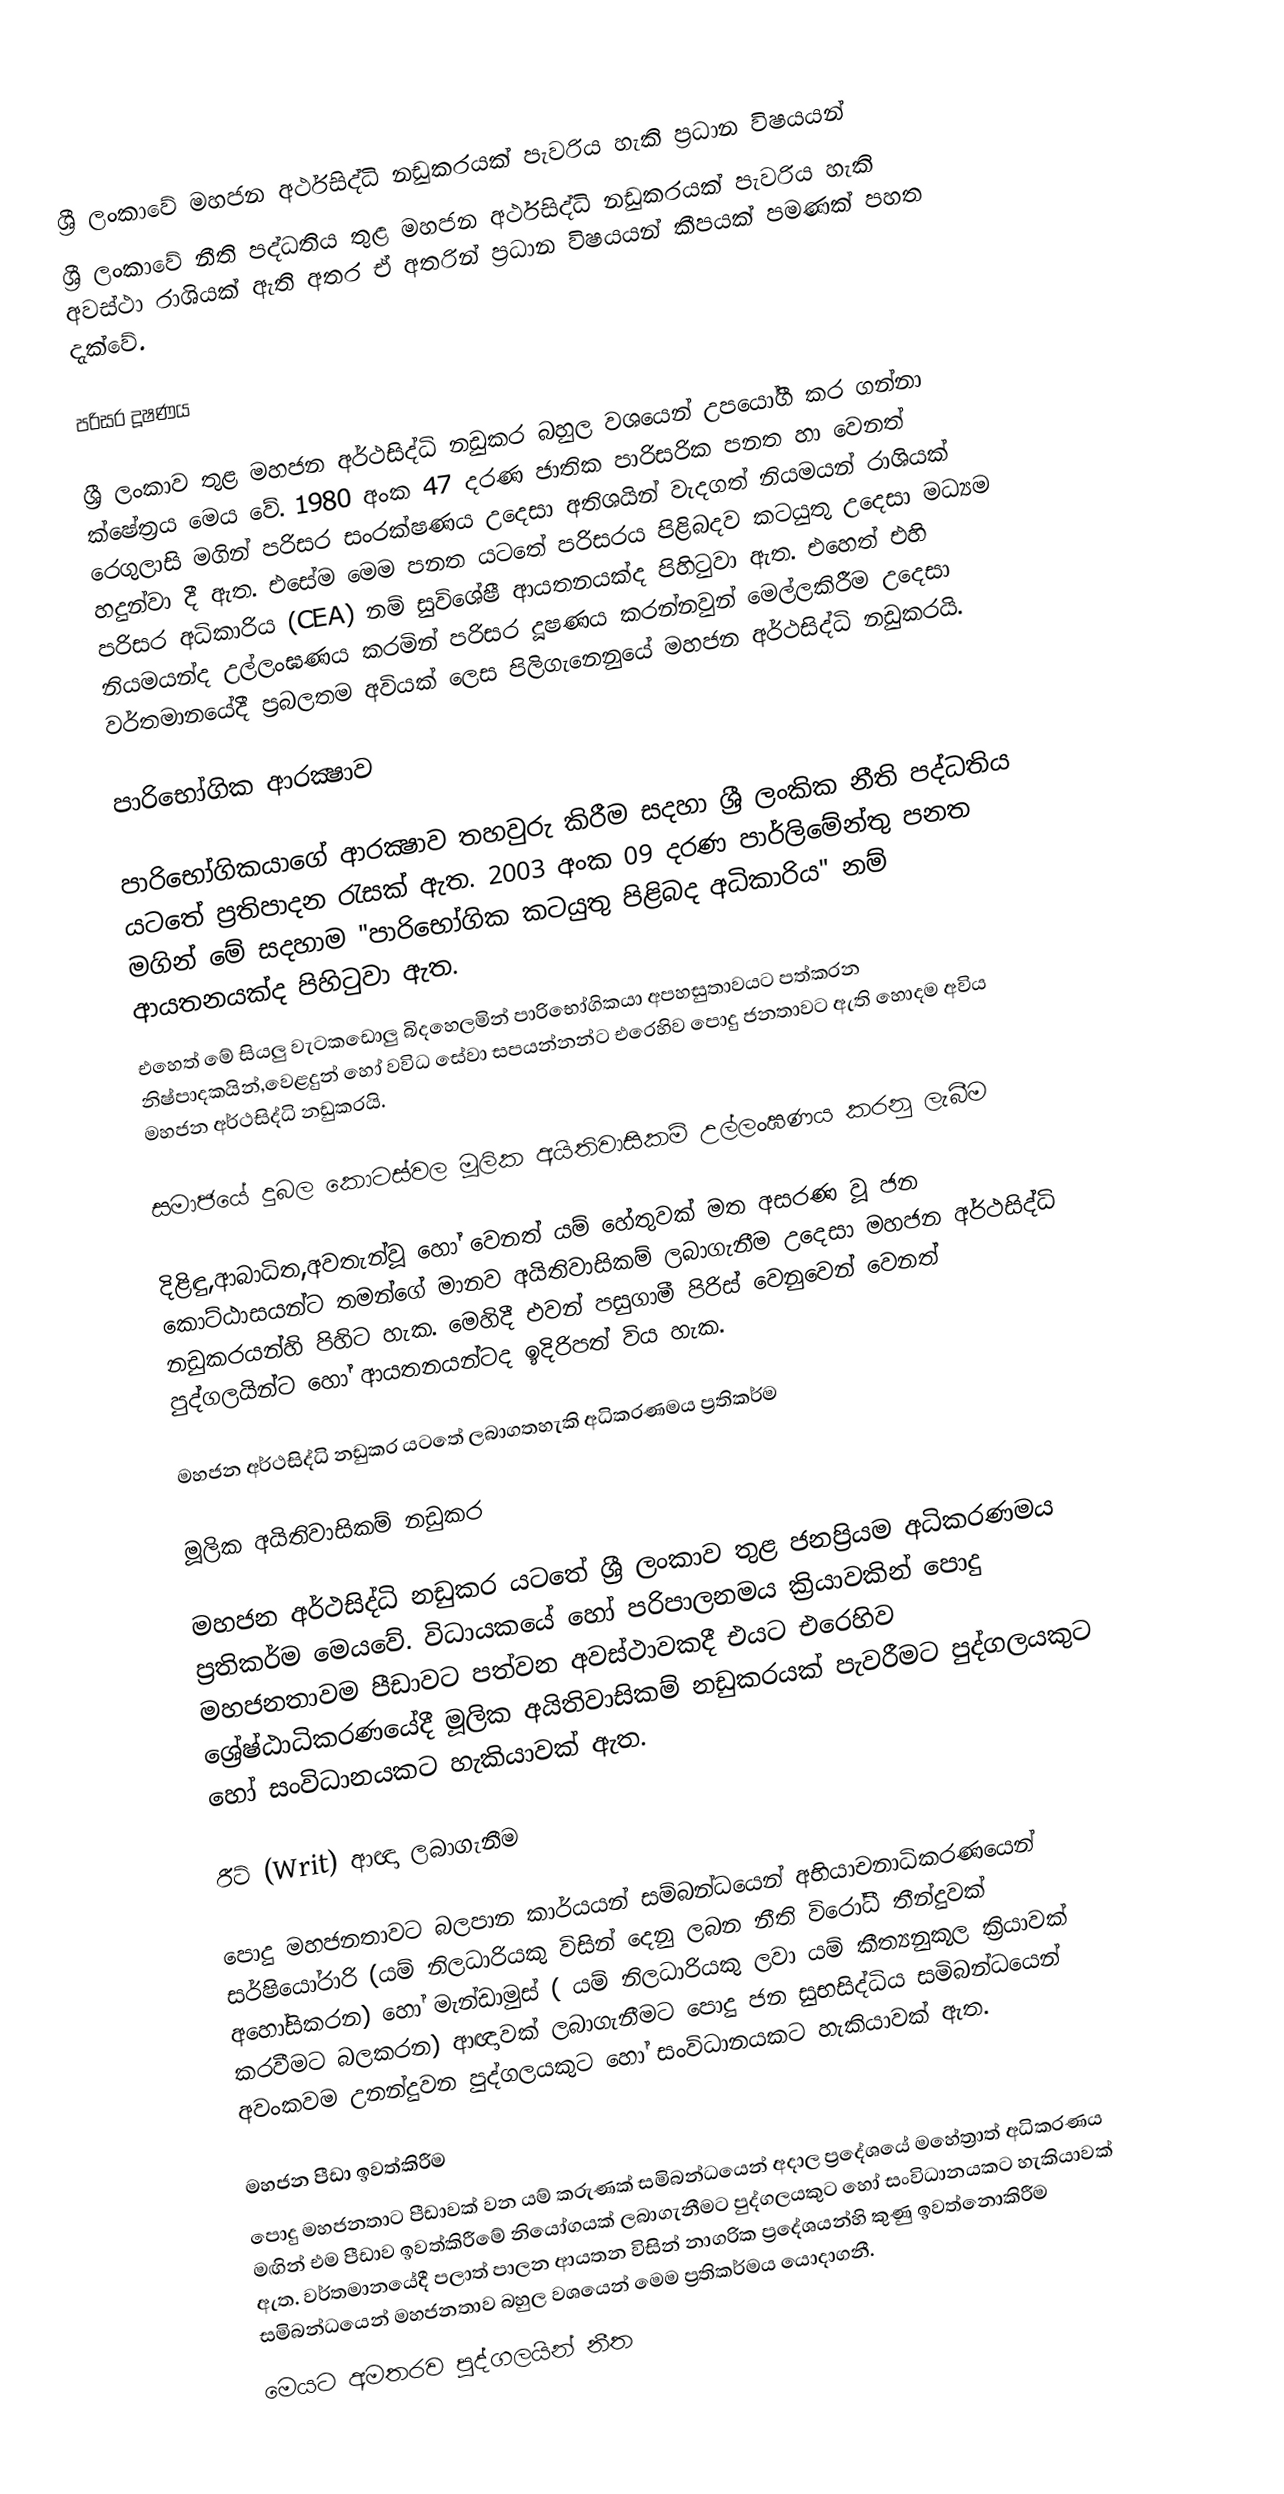

ශ්‍රී ලංකාවේ  මහජන අර්ථසිද්ධි නඩුකරයක් පැවරිය හැකි ප්‍රධාන විෂයයන්
ශ්‍රී ලංකාවේ  නීති පද්ධතිය තුළ මහජන අර්ථසිද්ධි නඩුකරයක් පැවරිය හැකි අවස්ථා රාශියක් ඇති අතර ඒ අතරින් ප්‍රධාන විෂයයන් කීපයක් පමණක් පහත දැක්වේ.

පරිසර දූෂණය

ශ්‍රී ලංකාව තුළ මහජන අර්ථසිද්ධි නඩුකර බහුල වශයෙන් උපයෝගී කර ගන්නා ක්ෂේත්‍රය මෙය වේ. 1980 අංක 47 දරණ ජාතික පාරිසරික පනත හා වෙනත් රෙගුලාසි මගින් පරිසර සංරක්ෂණය උදෙසා අතිශයින් වැදගත් නියමයන් රාශියක් හදුන්වා දී ඇත. එසේම මෙම පනත යටතේ පරිසරය පිළිබදව කටයුතු උදෙසා මධ්‍යම පරිසර අධිකාරිය (CEA) නම් සුවිශේෂී ආයතනයක්ද පිහිටුවා ඇත. එහෙත් එහි නියමයන්ද උල්ලංඝණය කරමින් පරිසර දූෂණය කරන්නවුන් මෙල්ලකිරීම උදෙසා වර්තමානයේදී ප්‍රබලතම අවියක් ලෙස පිලිගැනෙනුයේ මහජන අර්ථසිද්ධි නඩුකරයි.

පාරිභෝගික ආරක්‍ෂාව

පාරිභෝගිකයාගේ ආරක්‍ෂාව තහවුරු කිරීම සදහා ශ්‍රී ලංකික නීති පද්ධතිය යටතේ ප්‍රතිපාදන රැසක් ඇත. 2003 අංක 09 දරණ පාර්ලිමේන්තු පනත මගින් මේ සදහාම "පාරිභෝගික කටයුතු පිළිබද අධිකාරිය" නම් ආයතනයක්ද පිහිටුවා ඇත.
	එහෙත් මේ සියලු වැටකඩොලු බිදහෙලමින් පාරිභෝගිකයා අපහසුතාවයට පත්කරන නිෂ්පාදකයින්,වෙළදුන් හෝ වවිධ සේවා සපයන්නන්ට එරෙහිව පොදු ජනතාවට ඇති හොදම අවිය මහජන අර්ථසිද්ධි නඩුකරයි.

සමාජයේ දුබල කොටස්වල මූලික අයිතිවාසිකම් උල්ලංඝණය කරනු ලැබීම

දිළිඳු,ආබාධිත,අවතැන්වූ හෝ වෙනත් යම් හේතුවක් මත අසරණ වූ ජන කොට්ඨාසයන්ට තමන්ගේ මානව අයිතිවාසිකම් ලබාගැනීම උදෙසා මහජන අර්ථසිද්ධි නඩුකරයන්හි පිහිට හැක. මෙහිදී එවන් පසුගාමී පිරිස් වෙනුවෙන් වෙනත් පුද්ගලයින්ට හෝ ආයතනයන්ටද ඉදිරිපත් විය හැක.

මහජන අර්ථසිද්ධි නඩුකර යටතේ ලබාගතහැකි අධිකරණමය ප්‍රතිකර්ම

මූලික අයිතිවාසිකම්  නඩුකර

මහජන අර්ථසිද්ධි නඩුකර යටතේ ශ්‍රී ලංකාව තුළ ජනප්‍රියම අධිකරණමය ප්‍රතිකර්ම මෙයවේ. විධායකයේ හෝ පරිපාලනමය ක්‍රියාවකින් පොදු මහජනතාවම පීඩාවට පත්වන අවස්ථාවකදී එයට එරෙහිව ශ්‍රේෂ්ඨාධිකරණයේදී මූලික අයිතිවාසිකම්  නඩුකරයක් පැවරීමට පුද්ගලයකුට හෝ සංවිධානයකට හැකියාවක් ඇත.

රීට් (Writ) ආඥා ලබාගැනීම

පොදු මහජනතාවට බලපාන කාර්යයන් සම්බන්ධයෙන් අභියාචනාධිකරණයෙන් සර්ෂියෝරාරි (යම් නිලධාරියකු විසින් දෙනු ලබන නීති විරෝධී තීන්දුවක් අහෝසිකරන) හෝ මැන්ඩාමුස් ( යම් නිලධාරියකු ලවා යම් කීත්‍යනුකූල ක්‍රියාවක් කරවීමට බලකරන) ආඥාවක් ලබාගැනීමට පොදු ජන සුභසිද්ධිය සමිබන්ධයෙන් අවංකවම උනන්දුවන පුද්ගලයකුට හෝ සංවිධානයකට හැකියාවක් ඇත.

මහජන පීඩා ඉවත්කිරීම
පොදු මහජනතාට පීඩාවක් වන යම් කරුණක් සමිබන්ධයෙන් අදාල ප්‍රදේශයේ මහේත්‍රාත් අධිකරණය මඟින් එම පීඩාව ඉවත්කිරීමේ නියෝගයක් ලබාගැනීමට පුද්ගලයකුට හෝ සංවිධානයකට හැකියාවක් ඇත. වර්තමානයේදී පලාත් පාලන ආයතන විසින් නාගරික ප්‍රදේශයන්හි කුණු ඉවත්නොකිරීම සමිබන්ධයෙන් මහජනතාව බහුල වශයෙන් මෙම ප්‍රතිකර්මය යොදාගනී.
මෙයට අමතරව පුද්ගලයින්  නීත